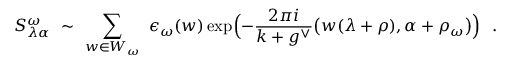
S _ { \lambda \alpha } ^ { \omega } \ \sim \ \sum _ { w \in W _ { \omega } } \ \epsilon _ { \omega } ( w ) \exp \Bigl ( - \frac { 2 \pi i } { k + g ^ { \vee } } \bigl ( w ( \lambda + \rho ) , \alpha + \rho _ { \omega } \bigr ) \Bigr ) \ \ .